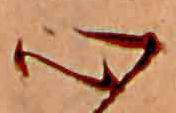
心